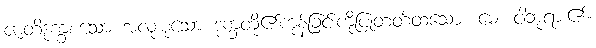
ဇာတိဒုက္ခစသော အလုံးစုံသော ဒုက္ခတို့၏ကုန်ခြင်းကိုပြုတတ်ထသော။ မေ၊ ငါဘုရား၏။